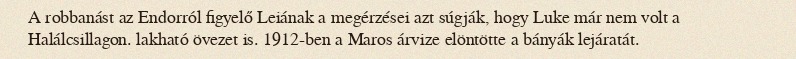
A robbanást az Endorról figyelő Leiának a megérzései azt súgják, hogy Luke már nem volt a Halálcsillagon. lakható övezet is. 1912-ben a Maros árvize elöntötte a bányák lejáratát.